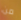
من